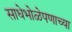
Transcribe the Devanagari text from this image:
साधेभोळेपणाच्या